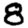
Digit: 8